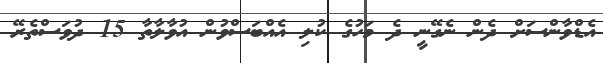
އެޑްވާންސަށް ދެން ނެގޭނީ ދެ މަހުގެ ކުލި އެއްބަސްވުން އުވާލާތާ 15 ދުވަސްތެރޭ